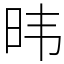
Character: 𬀩